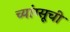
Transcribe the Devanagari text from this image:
च्यांग्सूची